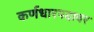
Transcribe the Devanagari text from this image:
कर्णधारपदावर